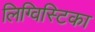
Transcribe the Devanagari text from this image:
लिग्विस्टिका